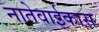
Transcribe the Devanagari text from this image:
नातेवाईकास